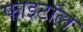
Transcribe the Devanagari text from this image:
फाइटॉल